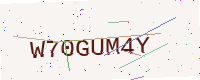
Text: W70GUM4Y